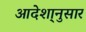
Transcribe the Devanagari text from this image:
आदेशा्नुसार